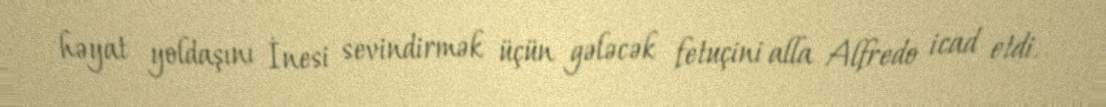
həyat yoldaşını İnesi sevindirmək üçün gələcək fetuçini alla Alfredo icad etdi.